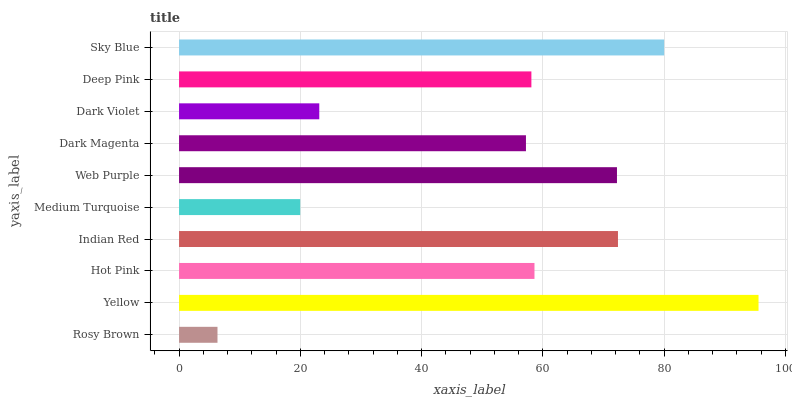
| yaxis_label | bars |
 | --- | --- |
 | Rosy Brown | 6.34 |
 | Yellow | 95.6 |
 | Hot Pink | 58.6 |
 | Indian Red | 72.4 |
 | Medium Turquoise | 20 |
 | Web Purple | 72.2 |
 | Dark Magenta | 57.2 |
 | Dark Violet | 23.1 |
 | Deep Pink | 58.1 |
 | Sky Blue | 80 |